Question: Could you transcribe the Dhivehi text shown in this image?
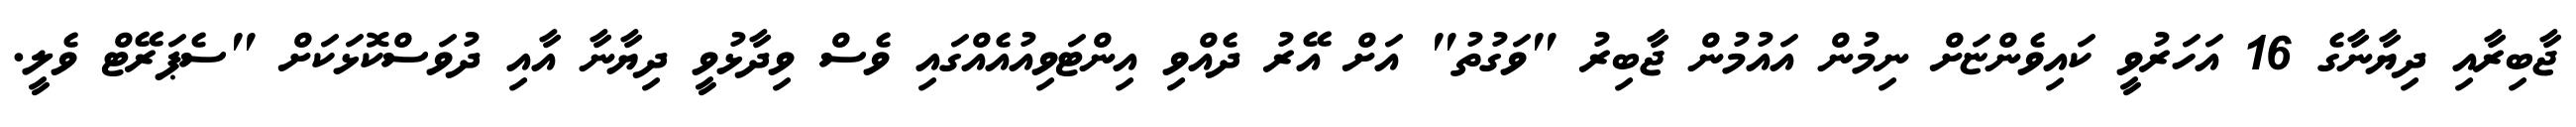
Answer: ޖާބިރާއި ދިޔާނާގެ 16 އަހަރުވީ ކައިވެންޏަށް ނިމުން އައުމުން ޖާބިރު "ވަގުތު" އަށް އޭރު ދެއްވި އިންޓަވިއުއެއްގައި ވެސް ވިދާޅުވީ ދިޔާނާ އާއި ދުވަސްކޮޅަކަށް "ސެޕަރޭޓް ވެލީ.